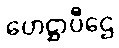
ဟေဋ္ဌာပီဌေ